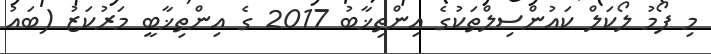
މި ފޯމު ލޯކަލް ކައުންސިލްތަކުގެ އިންތިޚާބު 2017 ގެ އިންތިޚާބީ މަރުކަޒު (ބައު